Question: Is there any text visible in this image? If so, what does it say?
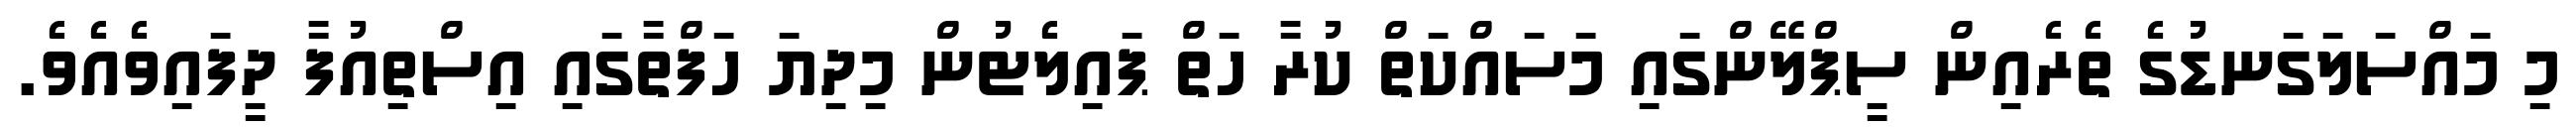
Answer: މި މައްސަލަގަނޑުގެ ތެރެއިން ސީޕްލޭންގައި މަސައްކަތް ކުރާ ހަތް ޕައިލެޓުން މިދިޔަ ހަފްތާގައި އިސްތިއުފާ ދީފައިވެއެވެ.